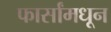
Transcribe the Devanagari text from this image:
फार्सांमधून